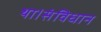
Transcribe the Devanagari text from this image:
था।संविधान